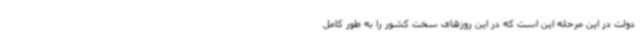
دولت در این مرحله این است که در این روزهای سخت کشور را به طور کامل